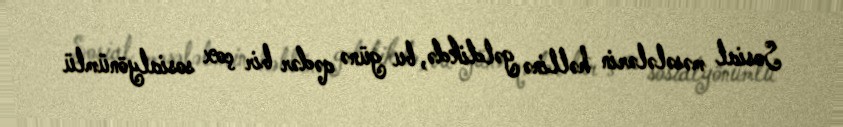
Sosial məsələlərin həllinə gəldikdə, bu günə qədər bir çox sosialyönümlü